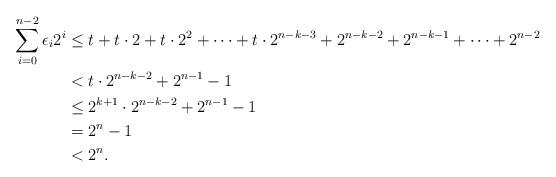
LaTeX: \begin{align*}\sum_{i=0}^{n-2} \epsilon_i 2^i&\leq t+t\cdot2+t\cdot2^2+\cdots+t\cdot2^{n-k-3}+2^{n-k-2}+2^{n-k-1}+\cdots+2^{n-2}\\&<t\cdot2^{n-k-2}+2^{n-1}-1\\&\leq2^{k+1}\cdot2^{n-k-2}+2^{n-1}-1\\&=2^n-1\\&<2^n.\end{align*}